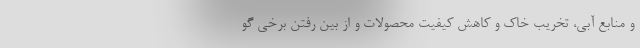
و منابع آبی، تخریب خاک و کاهش کیفیت محصولات و از بین رفتن برخی گو